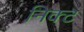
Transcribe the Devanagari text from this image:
निक्ट